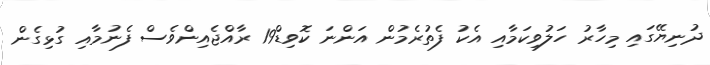
ދުނިޔޭގައި މިހާރު ހަލުވިކަމާއި އެކު ފެތުރެމުން އަންނަ ކޮވިޑް19 ރާއްޖެއިންވެސް ފެނުމާއި ގުޅިގެން